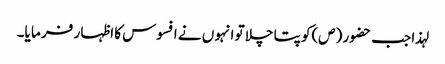
لہذا جب حضو ر (ص)کو پتا چلا تو انہو ں نے افسوس کا اظہا ر فر ما یا۔